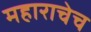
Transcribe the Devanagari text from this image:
महाराचेच